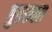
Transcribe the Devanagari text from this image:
गुप्तकला